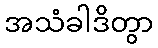
အသံခါဒိတွာ